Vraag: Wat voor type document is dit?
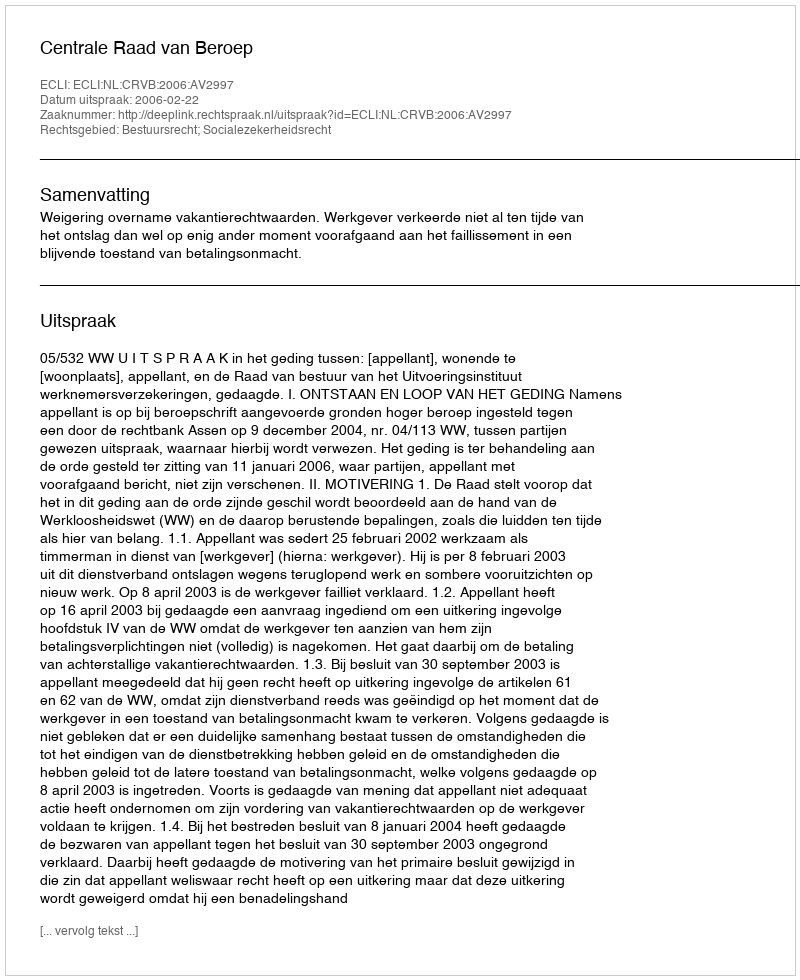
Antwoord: Uitspraak